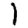
Digit: 1